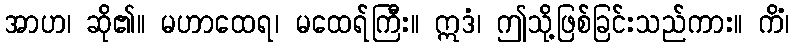
အာဟ၊ ဆို၏။ မဟာထေရ၊ မထေရ်ကြီး။ ဣဒံ၊ ဤသို့ဖြစ်ခြင်းသည်ကား။ ကိံ၊